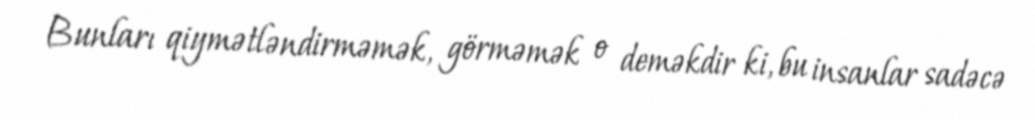
Bunları qiymətləndirməmək, görməmək o deməkdir ki, bu insanlar sadəcə